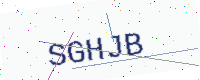
Text: SGHJB